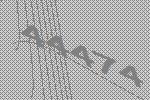
44474